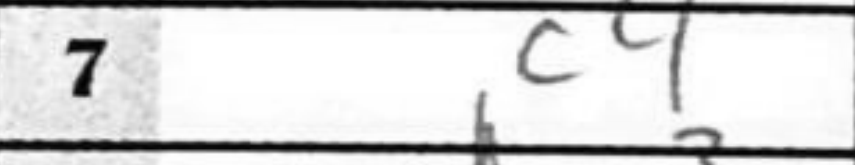
Transcription: c4